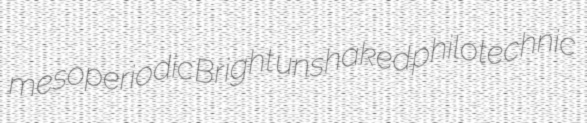
mesoperiodic Bright unshaked philotechnic